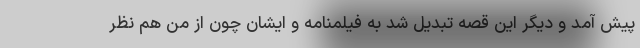
پیش آمد و دیگر این قصه تبدیل شد به فیلمنامه و ایشان چون از من هم نظر